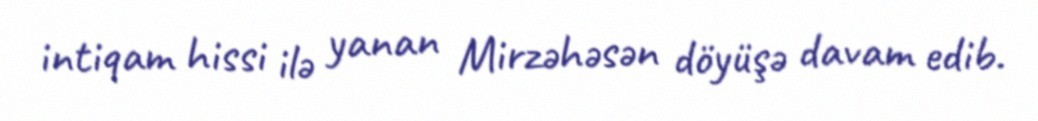
intiqam hissi ilə yanan Mirzəhəsən döyüşə davam edib.